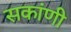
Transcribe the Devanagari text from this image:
सकांणी